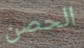
الحصن